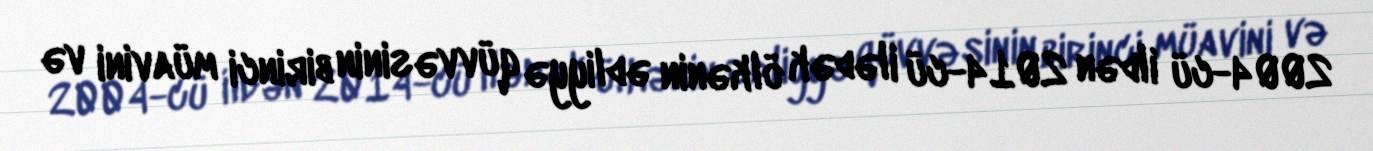
2004-cü ildən 2014-cü ilədək ölkənin ədliyyə qüvvəsinin birinci müavini və